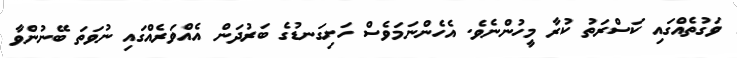
ވަގުތެއްގައި ކަސްރަތު ކުރާ މީހުންނެވެ. އެހެންނަމަވެސް ހަށިގަނޑުގެ ބަރުދަން އެއްވަރެއްގައި ނުވަތަ ބޭނުންވާ